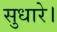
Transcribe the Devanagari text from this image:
सुधारे।